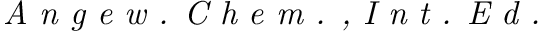
\textit { A n g e w . C h e m . , I n t . E d . }